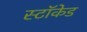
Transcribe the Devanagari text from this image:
स्टॉकेड